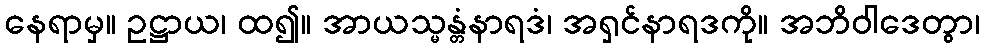
နေရာမှ။ ဥဋ္ဌာယ၊ ထ၍။ အာယသ္မန္တံနာရဒံ၊ အရှင်နာရဒကို။ အဘိဝါဒေတွာ၊